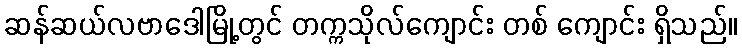
ဆန်ဆယ်လဗာဒေါမြို့တွင် တက္ကသိုလ်ကျောင်း တစ် ကျောင်း ရှိသည်။